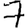
Digit: 7